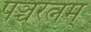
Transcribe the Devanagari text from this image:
पञ्चरत्नम्